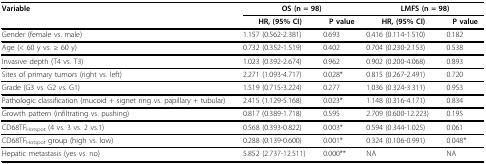
| Variable | <COLSPAN=2> OS (n = 98) | <COLSPAN=2> LMFS (n = 98) |
 |  | HR, (95% CI) | P value | HR, (95% CI) | P value |
 | --- | --- | --- | --- | --- |
 | Gender (female vs. male) | 1.157 (0.562-2.381) | 0.693 | 0.416 (0.114-1.510) | 0.182 |
 | Age (< 60 y vs. ≥ 60 y) | 0.732 (0.352-1.519) | 0.402 | 0.704 (0.230-2.153) | 0.538 |
 | Invasive depth (T4 vs. T3) | 1.023 (0.392-2.674) | 0.962 | 0.902 (0.200-4.068) | 0.893 |
 | Sites of primary tumors (right vs. left) | 2.271 (1.093-4.717) | 0.028* | 0.815 (0.267-2.491) | 0.720 |
 | Grade (G3 vs. G2 vs. G1) | 1.519 (0.715-3.224) | 0.277 | 1.036 (0.324-3.311) | 0.953 |
 | Pathologic classification (mucoid + signet ring vs. papillary + tubular) | 2.415 (1.129-5.168) | 0.023* | 1.148 (0.316-4.171) | 0.834 |
 | Growth pattern (infiltrating vs. pushing) | 0.817 (0.389-1.718) | 0.595 | 2.709 (0.600-12.223) | 0.195 |
 | CD68TFHotspot (4 vs. 3 vs. 2 vs.1) | 0.568 (0.393-0.822) | 0.003* | 0.594 (0.344-1.025) | 0.061 |
 | CD68TFHotspot group (high vs. low) | 0.288 (0.139-0.600) | 0.001* | 0.324 (0.106-0.991) | 0.048* |
 | Hepatic metastasis (yes vs. no) | 5.852 (2.737-12.511) | 0.000** | NA | NA |